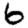
Digit: 6